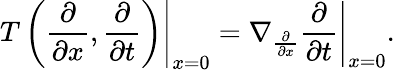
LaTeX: \left.T\left({\frac{\partial}{\partial x}},{\frac{\partial}{\partial t}}\right)\right|_{x=0}=\left.\nabla_{\frac{\partial}{\partial x}}{\frac{\partial}{\partial t}}\right|_{x=0}.